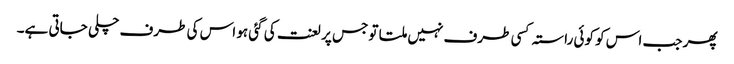
پھر جب اس کو کوئی راستہ کسی طرف نہیں ملتا تو جس پر لعنت کی گئی ہو اس کی طرف چلی جاتی ہے۔